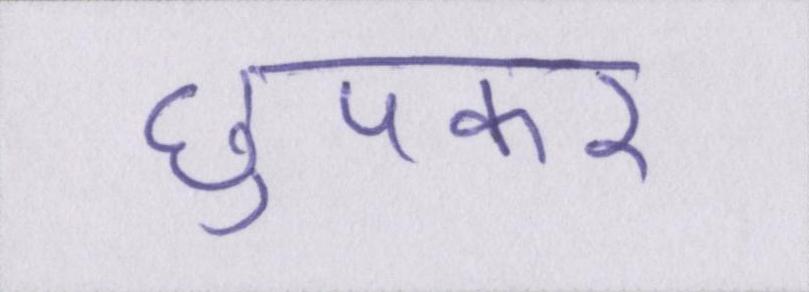
छुपकर